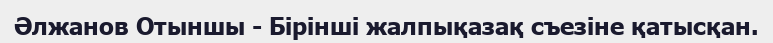
Әлжанов Отыншы - Бірінші жалпықазақ съезіне қатысқан.